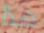
هذا